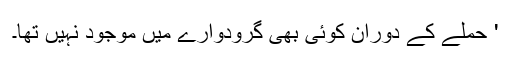
' حملے کے دوران کوئی بھی گرودوارے میں موجود نہیں تھا۔